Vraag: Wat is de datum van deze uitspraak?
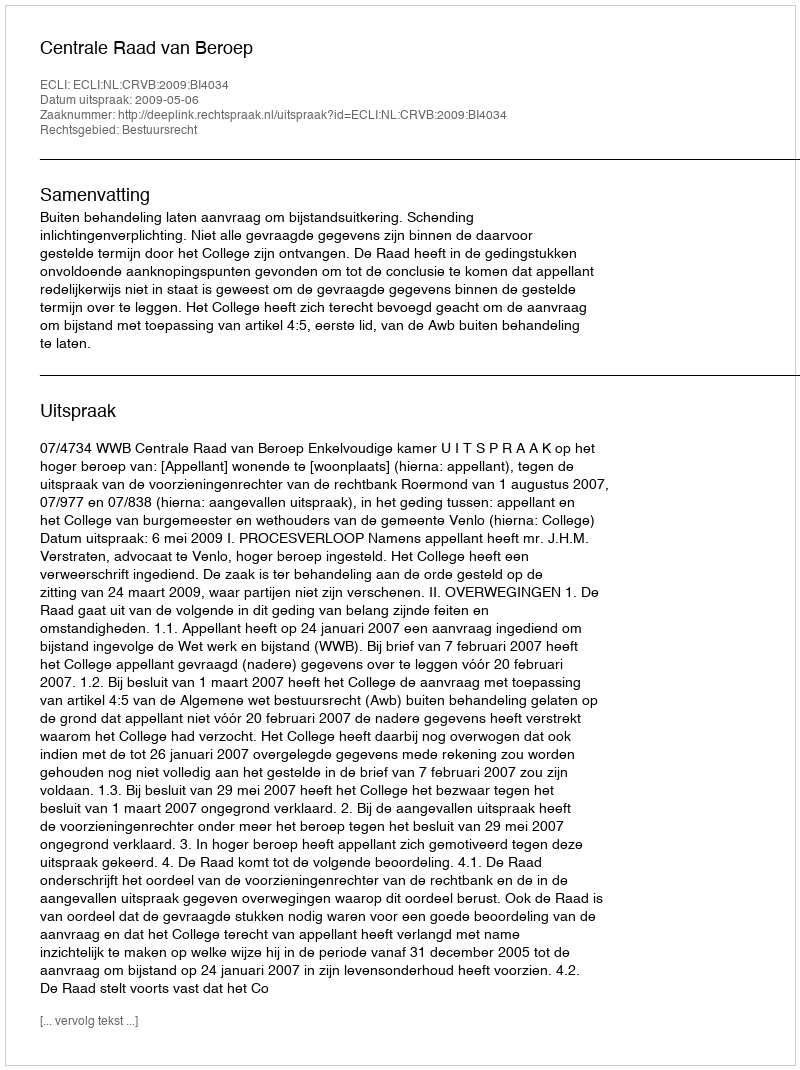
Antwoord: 2009-05-06